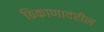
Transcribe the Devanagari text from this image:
ठिकाणावरील